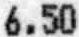
6.50